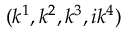
( k ^ { 1 } , k ^ { 2 } , k ^ { 3 } , i k ^ { 4 } )